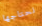
نحتاجها